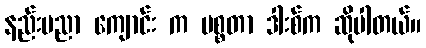
နည်းပညာ ကျောင်း က မစ္စတာ ဒါးစ်က ဆိုပါတယ်။